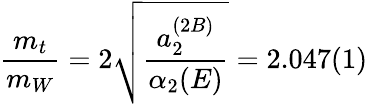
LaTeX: \frac{m_{t}}{m_{W}}=2\sqrt{\frac{a_{2}^{(2B)}}{\alpha_{2}(E)}}=2.047(1)